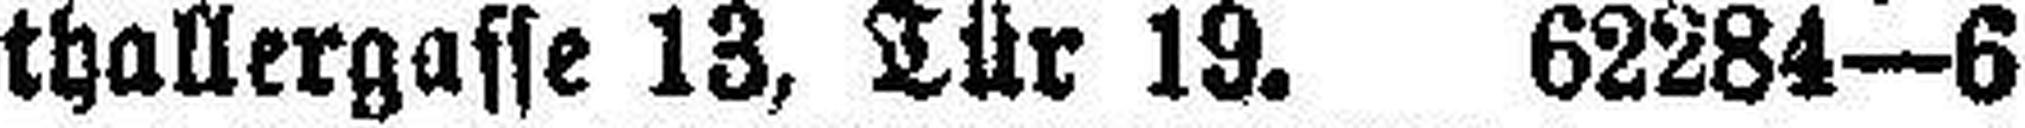
thallergasse 13, Tür 19. 62284—6